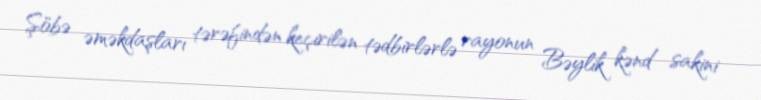
Şöbə əməkdaşları tərəfindən keçirilən tədbirlərlə rayonun Bəylik kənd sakini